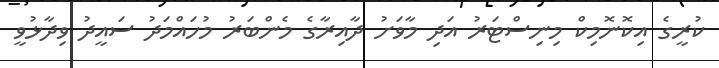
ކުރީގެ އިކޮޮނޮމިކް މިނިސްޓަރު އަދި މާވަށު ދާއިރާގެ މެންބަރު މުހައްމަދު ސައީދު ވިދާޅުވީ